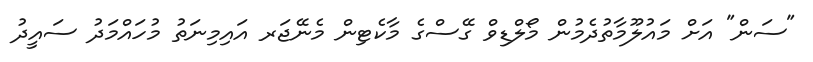
"ސަން" އަށް މައުލޫމާތުދެމުން މޯލްޑިވް ގޭސްގެ މާކެޓިން މެނޭޖަރ އައިމިނަތު މުހައްމަދު ސައީދު